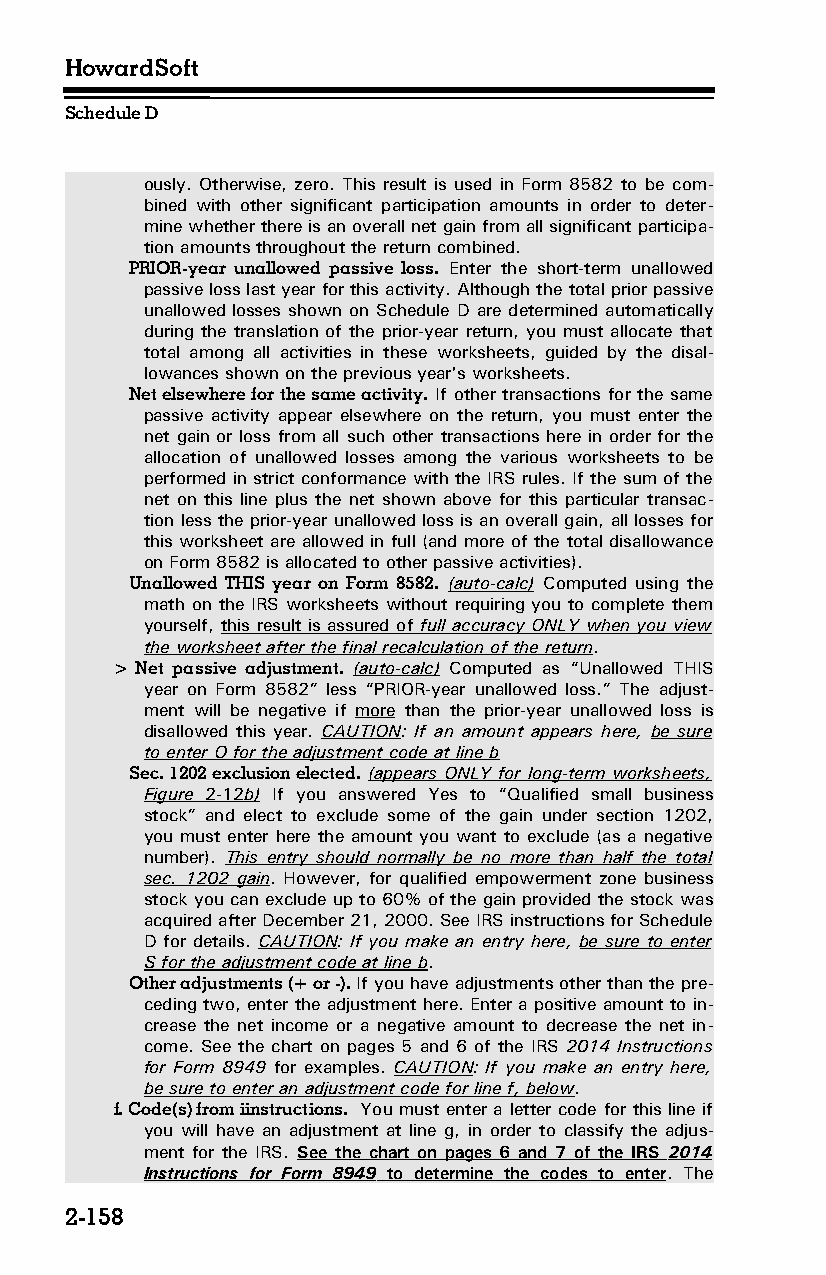
HowardSoft
 Schedule D
 ously. Otherwise, zero. This result is used in Form 8582 to be com­
 bined with other significant participation amounts in order to deter­
 mine whether there is an overall net gain from all significant participa­
 tion amounts throughout the return combined.
 PRIOR-year unallowed passive loss. Enter the short-term unallowed
 passive loss last year for this activity. Although the total prior passive
 unallowed losses shown on Schedule D are determined automatically
 during the translation of the prior-year return, you must allocate that
 total among all activities in these worksheets, guided by the disal­
 lowances shown on the previous year's worksheets.
 Net elsewhere for the same activity. If other transactions for the same
 passive activity appear elsewhere on the return, you must enter the
 net gain or loss from all such other transactions here in order for the
 allocation of unallowed losses among the various worksheets to be
 performed in strict conformance with the IRS rules. If the sum of the
 net on this line plus the net shown above for this particular transac­
 tion less the prior-year unallowed loss is an overall gain, all losses for
 this worksheet are allowed in full (and more of the total disallowance
 on Form 8582 is allocated to other passive activities).
 Unallowed THIS year on Form 8582. (auto-calc) Computed using the
 math on the IRS worksheets without requiring you to complete them
 yourself, this result is assured of full accuracy ONLY when you view
 the worksheet after the final recalculation of the return.
 > Net passive adjustment. (auto-calc) Computed as “Unallowed THIS
 year on Form 8582” less “PRIOR-year unallowed loss.” The adjust­
 ment will be negative if more than the prior-year unallowed loss is
 disallowed this year. CAUTION: If an amount appears here, be sure
 to enter O for the adjustment code at line b
 Sec. 1202 exclusion elected. (appears ONLY for long-term worksheets,
 Figure 2-12 b) If you answered Yes to “Qualified small business
 stock” and elect to exclude some of the gain under section 1202,
 you must enter here the amount you want to exclude (as a negative
 number). This entry should normally be no more than half the total
 sec. 1202 gain. However, for qualified empowerment zone business
 stock you can exclude up to 60% of the gain provided the stock was
 acquired after December 21, 2000. See IRS instructions for Schedule
 D for details. CAUTION: If you make an entry here, be sure to enter
 S for the adjustment code at line b.
 Other adjustments (+ or -). If you have adjustments other than the pre­
 ceding two, enter the adjustment here. Enter a positive amount to in­
 crease the net income or a negative amount to decrease the net in­
 come. See the chart on pages 5 and 6 of the IRS 2014 Instructions
 for Form 8949 for examples. CAUTION: If you make an entry here,
 be sure to enter an adjustment code for line f, below.
 f. Code(s) from iinstructions. You must enter a letter code for this line if
 you will have an adjustment at line g, in order to classify the adjus­
 ment for the IRS. See the chart on pages 6 and 7 of the IRS 2014
 Instructions for Form 8949 to determine the codes to enter. The
 2-158